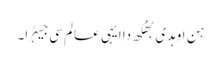
ہن اوہدی بھُکھ دا ایہی عالم سی جیہڑا۔